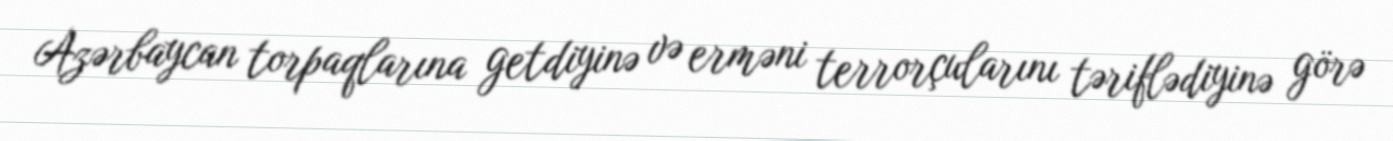
Azərbaycan torpaqlarına getdiyinə və erməni terrorçularını təriflədiyinə görə